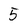
Character: 5